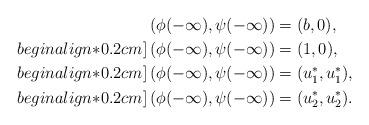
LaTeX: \begin{align*} &\left(\phi(-\infty),\psi(-\infty)\right)=(b,0),\\begin{align*}0.2cm] &\left(\phi(-\infty),\psi(-\infty)\right)=(1,0),\\begin{align*}0.2cm] &\left(\phi(-\infty),\psi(-\infty)\right)=(u_1^*,u_1^*),\\begin{align*}0.2cm] &\left(\phi(-\infty),\psi(-\infty)\right)=(u_2^*,u_2^*).\end{align*}